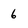
Character: 6